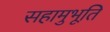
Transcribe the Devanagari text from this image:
सहामुभूति